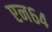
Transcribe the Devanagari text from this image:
एन६४